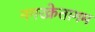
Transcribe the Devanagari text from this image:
नगरक्रेतागम